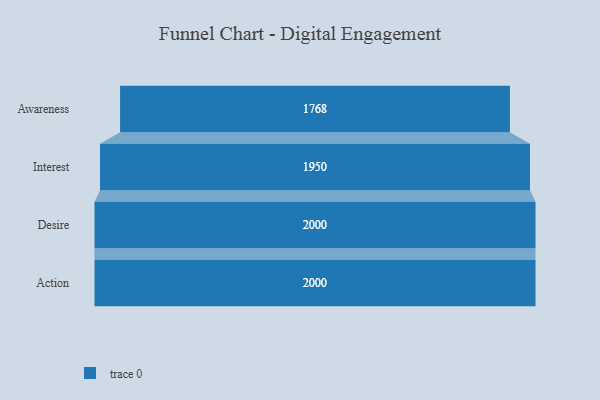
{"axis": {"x": "Stage", "y": "Value"}, "legend": [""], "data": [{"x": "Awareness", "y": 1768.0, "type": ""}, {"x": "Interest", "y": 1950.0, "type": ""}, {"x": "Desire", "y": 2000, "type": ""}, {"x": "Action", "y": 2000, "type": ""}]}